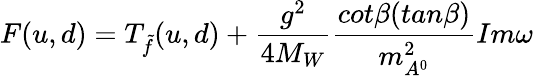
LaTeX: F(u,d)=T_{\tilde{f}}(u,d)+\frac{g^{2}}{4M_{W}}\frac{cot\beta(tan\beta)}{m_{A^{0}}^{2}}Im\omega